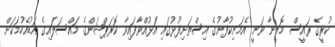
ކުރީގެ ރައީސް މޮލީނާ ވަނީ އެމަނިކުފާނުގެ އިސްތަށިފުޅުގައި އަޅުއްވާފައިވާ ކޮރަޕްޝަންގެ މައްސަލައިގެ އަޑުއެހުމަކަށް